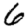
Digit: 6